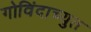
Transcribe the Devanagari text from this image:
गोविंदाच्युत